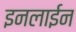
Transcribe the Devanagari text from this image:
इनलाईन